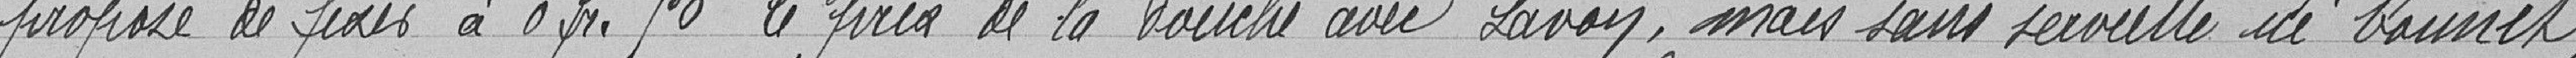
propose de fixer à 0 franc 50 le prix de la douche avec savon, mais sans serviette ni bonnet